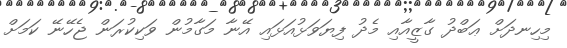
މިހިނދަށް ޢަބްދު ގާޒީއާއި މެދު ފިޔަވަޅުއަޅައި އޭނާ މަގާމުން ވަކިކުރަން ޖެހޭނޭ ކަމަށް